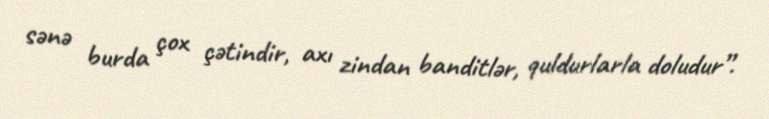
sənə burda çox çətindir, axı zindan banditlər, quldurlarla doludur”.